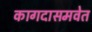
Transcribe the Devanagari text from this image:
कागदासमवेत